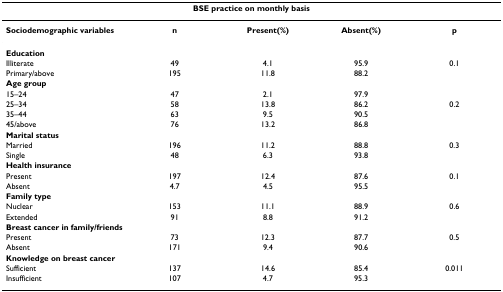
<table><thead><tr><td colspan="5"><b>BSE practice on monthly basis</b></td></tr></thead><tbody><tr><td><b>Sociodemographic variables</b></td><td><b>n</b></td><td><b>Present(%)</b></td><td><b>Absent(%)</b></td><td><b>p</b></td></tr><tr><td><b>Education</b></td><td></td><td></td><td></td><td></td></tr><tr><td>Illiterate</td><td>49</td><td>4.1</td><td>95.9</td><td>0.1</td></tr><tr><td>Primary/above</td><td>195</td><td>11.8</td><td>88.2</td><td></td></tr><tr><td><b>Age group</b></td><td></td><td></td><td></td><td></td></tr><tr><td>15–24</td><td>47</td><td>2.1</td><td>97.9</td><td></td></tr><tr><td>25–34</td><td>58</td><td>13.8</td><td>86.2</td><td>0.2</td></tr><tr><td>35–44</td><td>63</td><td>9.5</td><td>90.5</td><td></td></tr><tr><td>45/above</td><td>76</td><td>13.2</td><td>86.8</td><td></td></tr><tr><td><b>Marital status</b></td><td></td><td></td><td></td><td></td></tr><tr><td>Married</td><td>196</td><td>11.2</td><td>88.8</td><td>0.3</td></tr><tr><td>Single</td><td>48</td><td>6.3</td><td>93.8</td><td></td></tr><tr><td><b>Health insurance</b></td><td></td><td></td><td></td><td></td></tr><tr><td>Present</td><td>197</td><td>12.4</td><td>87.6</td><td>0.1</td></tr><tr><td>Absent</td><td>4.7</td><td>4.5</td><td>95.5</td><td></td></tr><tr><td><b>Family type</b></td><td></td><td></td><td></td><td></td></tr><tr><td>Nuclear</td><td>153</td><td>11.1</td><td>88.9</td><td>0.6</td></tr><tr><td>Extended</td><td>91</td><td>8.8</td><td>91.2</td><td></td></tr><tr><td><b>Breast cancer in family/friends</b></td><td></td><td></td><td></td><td></td></tr><tr><td>Present</td><td>73</td><td>12.3</td><td>87.7</td><td>0.5</td></tr><tr><td>Absent</td><td>171</td><td>9.4</td><td>90.6</td><td></td></tr><tr><td><b>Knowledge on breast cancer</b></td><td></td><td></td><td></td><td></td></tr><tr><td>Sufficient</td><td>137</td><td>14.6</td><td>85.4</td><td>0.011</td></tr><tr><td>Insufficient</td><td>107</td><td>4.7</td><td>95.3</td><td></td></tr></tbody></table>